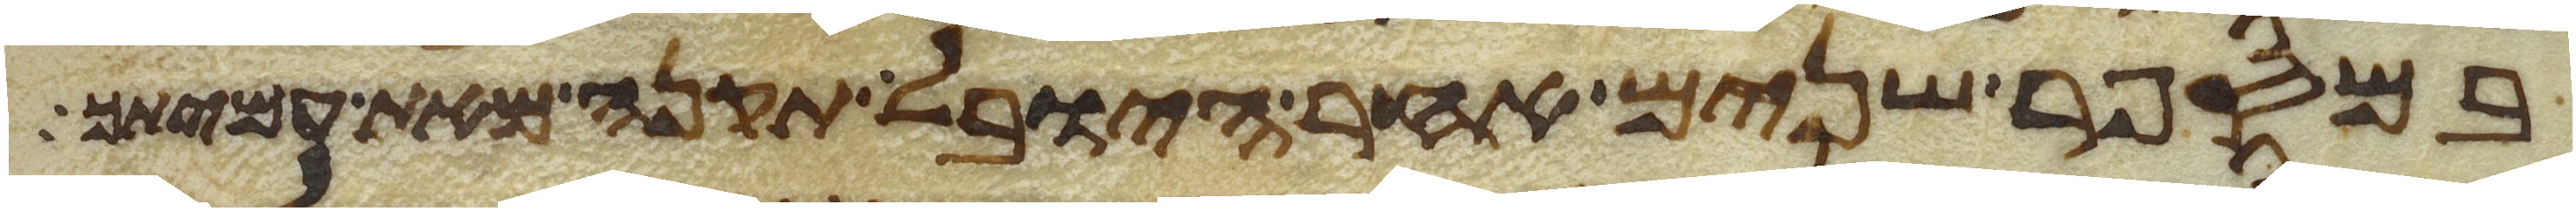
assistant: במספר שנים אחר היובל תקנה מאת עמיתך